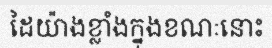
ដៃយ៉ាងខ្លាំងក្នុងខណៈនោះ